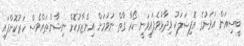
ބީސިއަން އަވަށުގެ އޮފިޝަލަކު ވިދާޅުވެފައިވަނީ ކޯރާ ގާތް ނުވުމަށް އިންޒާރުކޮށް ނިޝާންތައްވެސް ހަރުކޮށްފައި